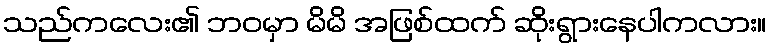
သည်ကလေး၏ ဘဝမှာ မိမိ အဖြစ်ထက် ဆိုးရွားနေပါကလား။